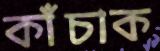
কাঁচাক